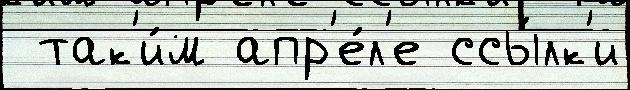
 так'и́м апр'е́л'е ссы́лк'и